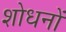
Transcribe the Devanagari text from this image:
शोधनों